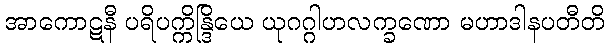
အာကောဋနီ ပရိပက္ကိန္ဒြိယေ ယုဂဂ္ဂါဟလက္ခဏော မဟာဒါနပတီတိ